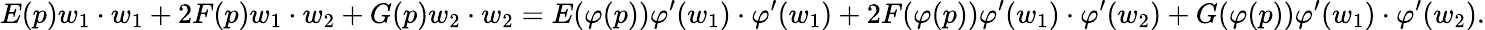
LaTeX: E(p)w_{1}\cdot w_{1}+2F(p)w_{1}\cdot w_{2}+G(p)w_{2}\cdot w_{2}=E(\varphi(p))\varphi^{\prime}(w_{1})\cdot\varphi^{\prime}(w_{1})+2F(\varphi(p))\varphi^{\prime}(w_{1})\cdot\varphi^{\prime}(w_{2})+G(\varphi(p))\varphi^{\prime}(w_{1})\cdot\varphi^{\prime}(w_{2}).